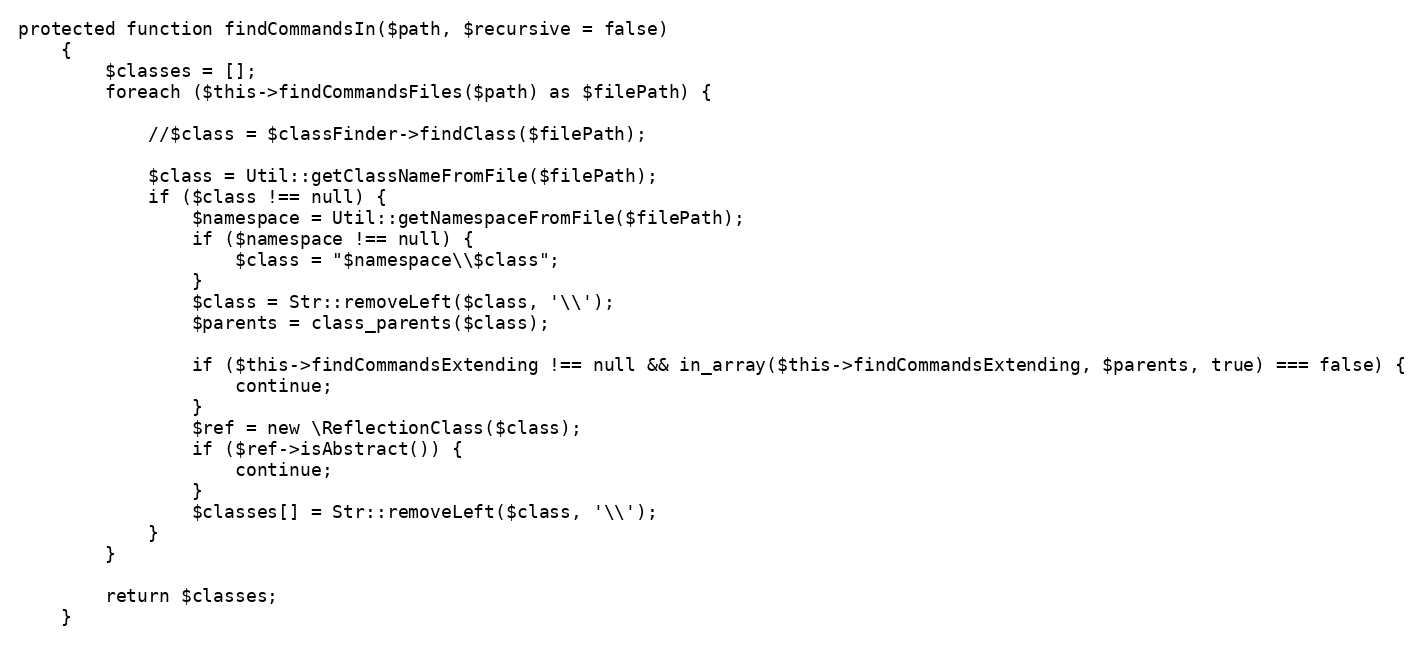
Language: PHP
protected function findCommandsIn($path, $recursive = false)
    {
        $classes = [];
        foreach ($this->findCommandsFiles($path) as $filePath) {

            //$class = $classFinder->findClass($filePath);

            $class = Util::getClassNameFromFile($filePath);
            if ($class !== null) {
                $namespace = Util::getNamespaceFromFile($filePath);
                if ($namespace !== null) {
                    $class = "$namespace\\$class";
                }
                $class = Str::removeLeft($class, '\\');
                $parents = class_parents($class);

                if ($this->findCommandsExtending !== null && in_array($this->findCommandsExtending, $parents, true) === false) {
                    continue;
                }
                $ref = new \ReflectionClass($class);
                if ($ref->isAbstract()) {
                    continue;
                }
                $classes[] = Str::removeLeft($class, '\\');
            }
        }

        return $classes;
    }